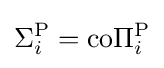
\Sigma _{i}^{\mathrm {P} }=\mathrm {co} \Pi _{i}^{\mathrm {P} }